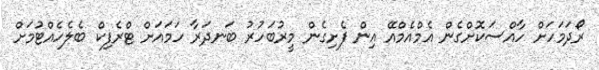
ރޯދަމަހަށް ހާއްސަކޮށްގެން އެމްއެމްއޭ އިން ފެށިގެން މީރުބަހުރު ބަނދަރާ ހަމައަށް ޓްރެފިކް ބެލެހެއްޓުމަށް